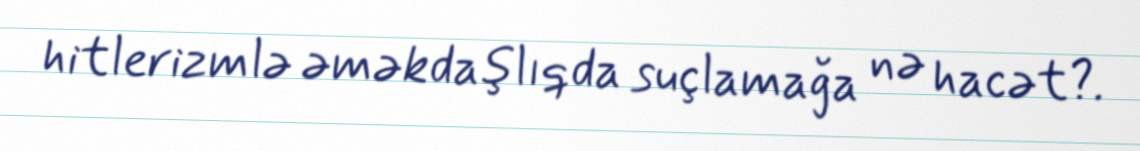
hitlerizmlə əməkdaşlıqda suçlamağa nə hacət?.